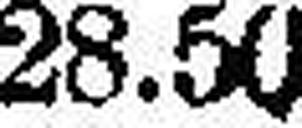
28.50